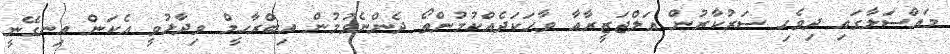
މައްސަލާގައި ދިވެހި ސަރުކާރުން އަލްޖަޒީރާއާ ވާހަކަދެއްކުމުންތޯ ދެންނެވުމުން އިބްރާހީމް ވިދާޅުވީ އެކަން އިނގޭނީ